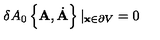
\delta A _ { 0 } \left\{ { \bf A } , \dot { { \bf A } } \right\} | _ { { \bf x } \in \partial V } = 0